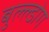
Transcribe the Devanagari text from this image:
बुल्ल्डोग